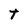
Character: T